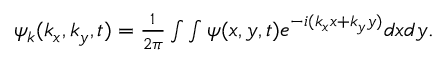
\begin{array} { r } { \psi _ { k } ( k _ { x } , k _ { y } , t ) = \frac { 1 } { 2 \pi } \int \int \psi ( x , y , t ) e ^ { - i ( k _ { x } x + k _ { y } y ) } d x d y . } \end{array}